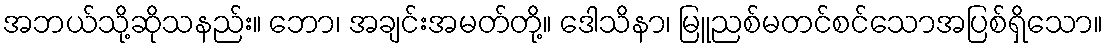
အဘယ်သို့ဆိုသနည်း။ ဘော၊ အချင်းအမတ်တို့။ ဒေါသိနာ၊ မြူညစ်မတင်စင်သောအပြစ်ရှိသော။